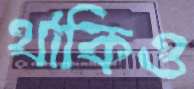
থাকিও